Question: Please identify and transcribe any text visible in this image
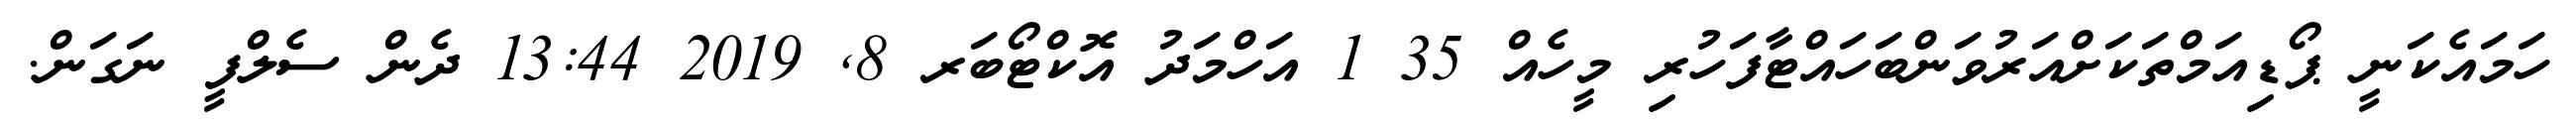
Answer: ހަމައެކަނީ ޕޯޑިއަމްތަކަށްއަރުވަންބަހައްޓާފަހުރި މީހެއް 35 1 އަހްމަދު އޮކްޓޯބަރ 8, 2019 13:44 ދެން ސެލްފީ ނަގަން.